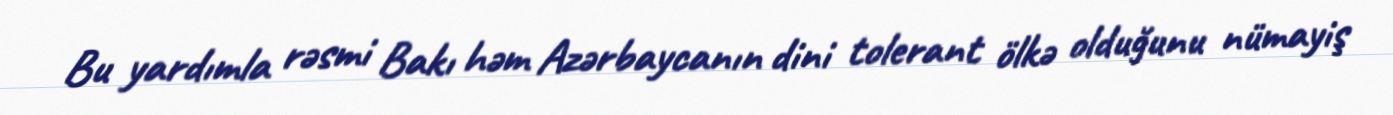
Bu yardımla rəsmi Bakı həm Azərbaycanın dini tolerant ölkə olduğunu nümayiş